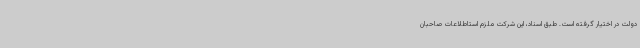
دولت در اختیار گرفته است. طبق اسناد، این شرکت ملزم استاطلاعات صاحبان